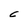
Character: C